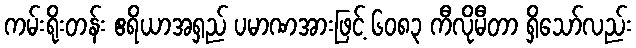
ကမ်းရိုးတန်း ဧရိယာအရှည် ပမာဏအားဖြင့် ၆၀၈၃ ကီလိုမီတာ ရှိသော်လည်း